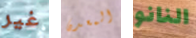
غير المعدن النانو